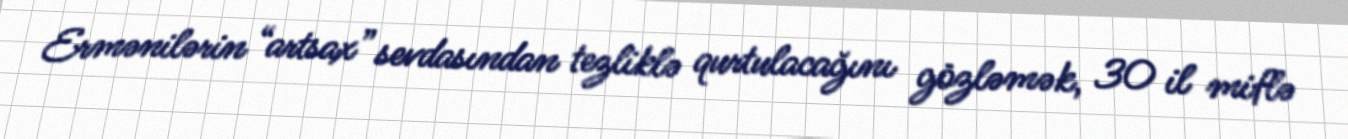
Ermənilərin “artsax” sevdasından tezliklə qurtulacağını gözləmək, 30 il miflə